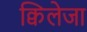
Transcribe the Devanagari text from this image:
क्विलेजा